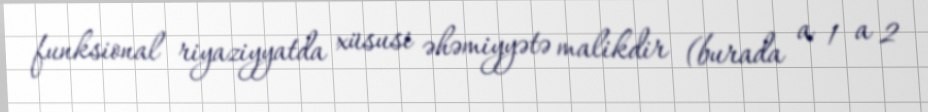
funksional riyaziyyatda xüsusi əhəmiyyətə malikdir (burada a 1 a 2